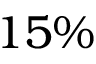
1 5 \%